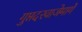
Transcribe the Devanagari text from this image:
गुप्तदरवाजेमार्गे